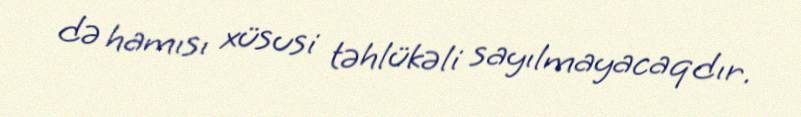
də hamısı xüsusi təhlükəli sayılmayacaqdır.